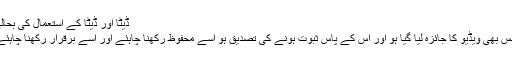
ڈیٹا اور ڈیٹا کے استعمال کی بحالی
جس بھی ویڈیو کا جائزہ لیا گیا ہو اور اس کے پاس ثبوت ہونے کی تصدیق ہو اسے محفوظ رکھنا چاہئے اور اسے برقرار رکھنا چاہئے۔